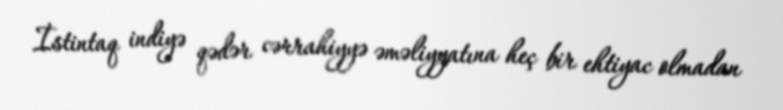
İstintaq indiyə qədər cərrahiyyə əməliyyatına heç bir ehtiyac olmadan